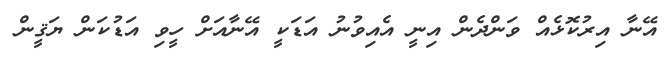
އޭނާ އިރުކޮޅެއް ވަންދެން އިނީ އެއިވުނު އަޑަކީ އޭނާއަށް ހީވި އަޑުކަން ޔަޤީން